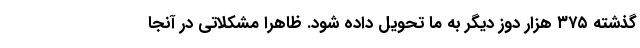
گذشته ۳۷۵ هزار دوز دیگر به ما تحویل داده شود. ظاهرا مشکلاتی در آنجا